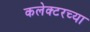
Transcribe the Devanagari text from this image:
कलेक्टरच्या